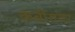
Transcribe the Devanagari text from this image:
कबीरावर